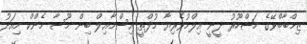
ޒިމްބާބްވޭގެ މަޝްހޫރު ދީނީ އިލްމުވެރިޔާ މުފްތީ އިސްމާއިލް ބިން މޫސާ މެންކް މިއަދު